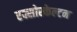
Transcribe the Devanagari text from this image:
एक्सोस्केल्टन